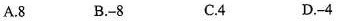
A.8 B.-8 C.4 D.-4